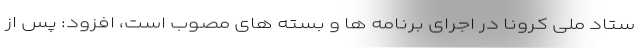
ستاد ملی کرونا در اجرای برنامه ها و بسته های مصوب است، افزود: پس از